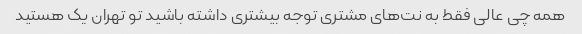
همه چی عالی فقط به نت‌های مشتری توجه بیشتری داشته باشید تو تهران یک هستید